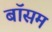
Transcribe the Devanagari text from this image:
बॉसम